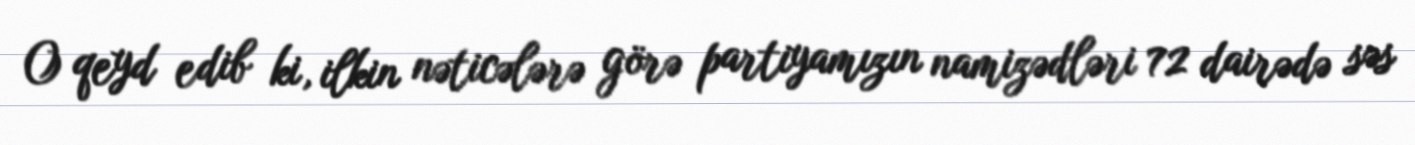
O qeyd edib ki, ilkin nəticələrə görə partiyamızın namizədləri 72 dairədə səs